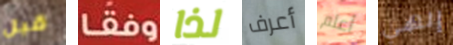
قبل وفقا لذا أعرف أعلم إلهي